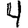
Digit: 4